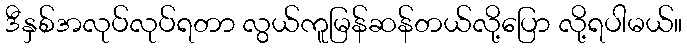
ဒီနှစ်အလုပ်လုပ်ရတာ လွယ်ကူမြန်ဆန်တယ်လို့ပြော လို့ရပါမယ်။